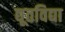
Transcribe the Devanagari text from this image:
द्यूतविद्या